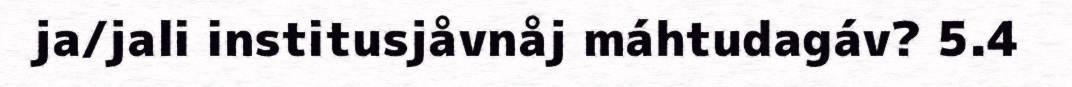
ja/jali institusjåvnåj máhtudagáv? 5.4